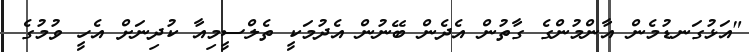
"އަޅުގަނޑުމެން އާންމުންގެ ގާތުން އެދެން ބޭނުން އެދުމަކީ ތެލްސީމިއާ ކުދިނަށް އެހީ ވުމުގެ